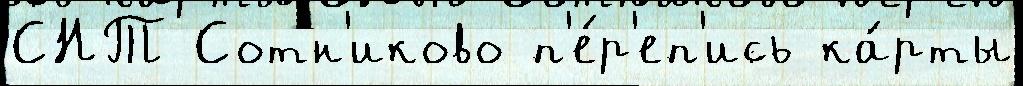
СНТ Сотн'иково п'е́р'еп'ись ка́рты